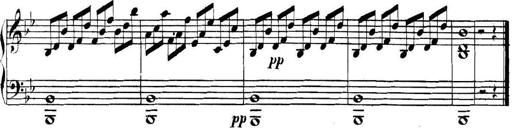
Title: Collected Piano Sonatas
Composer: Muzio Clementi